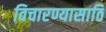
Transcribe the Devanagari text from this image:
विचारण्यासाठि